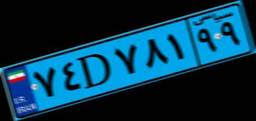
۷۴D۷۸۱۹۹